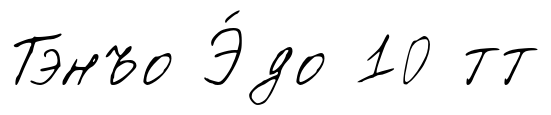
Тэнъо Э́до 10 тт